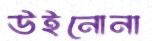
উইনোনা